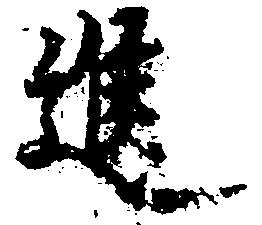
進